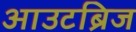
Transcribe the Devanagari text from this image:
आउटब्रिज